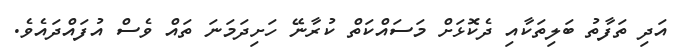
އަދި ތަފާތު ބަލިތަކާއި ދެކޮޅަށް މަސައްކަތް ކުރާނޭ ހަށިދަމަނަ ތައް ވެސް އުފައްދައެވެ.